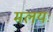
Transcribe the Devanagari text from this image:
मलयः